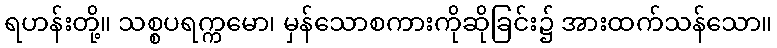
ရဟန်းတို့။ သစ္စပရက္ကမော၊ မှန်သောစကားကိုဆိုခြင်း၌ အားထက်သန်သော။